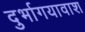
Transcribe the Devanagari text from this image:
दुर्भागयावाश